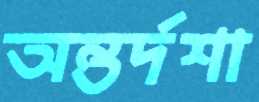
অন্তর্দশা